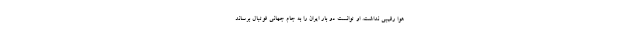
هوا رقیبی نداشت. او توانست دو بار ایران را به جام جهانی فوتبال برساند